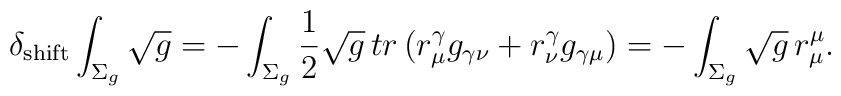
\delta_{{\rm shift}} \int_{\Sigma_{g}}\sqrt{g} = -\int_{\Sigma_{g}}\frac{1}{2}\sqrt{g}  \, tr \, (r^{\gamma}_{\mu}g_{\gamma\nu}+  r^{\gamma}_{\nu}g_{\gamma\mu}) = -\int_{\Sigma_{g}} \sqrt{g} \, r^{\mu}_{\mu} .